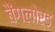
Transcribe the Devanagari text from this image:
बैंगलोर्ड